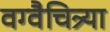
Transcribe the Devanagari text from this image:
वग्वैचित्र्या